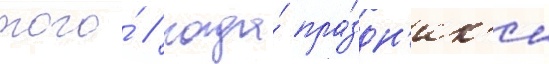
того́ / когда́ пра́здн'ик'и